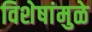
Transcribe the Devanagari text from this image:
विशेषांमुळे